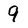
Character: 9